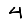
Digit: 4